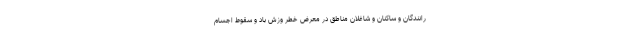
رانندگان و ساکنان و شاغلان مناطق در معرض خطر وزش باد و سقوط اجسام